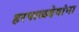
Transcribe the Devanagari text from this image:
हरपाळदेवांना